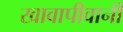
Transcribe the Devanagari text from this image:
खावापीवानी